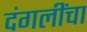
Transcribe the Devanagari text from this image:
दंगलींचा